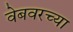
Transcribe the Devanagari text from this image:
वेबवरच्या